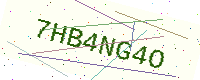
Text: 7HB4NG4O